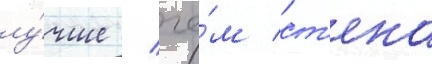
лу́чше / че́м ст'ена